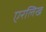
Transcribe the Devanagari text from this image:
एरलिख